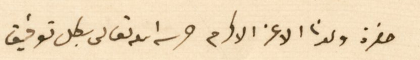
حضرة ولدنا الاغر الاكرم حرسه الله تعالى بكل توفيق